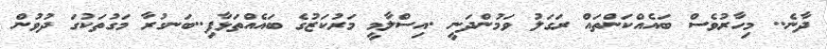
ދާނެ.. މިހާރުވެސް ބައެއްކަންތައް ރަގަލު ވަމުންދަނީ .އިސްލާމީ މަރުކަޒުގެ ބައެއްތަޅާފި..ބަނގުރާ މަގުތަކުގަ ދުވުން